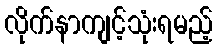
လိုက်နာကျင့်သုံးရမည့်